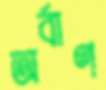
অর্বাণ